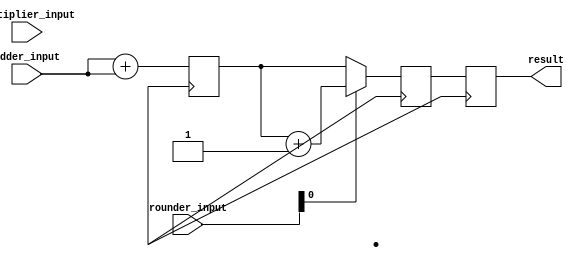
module fused_multiply_add(
    input [31:0] multiplier_input,
    input [31:0] adder_input,
    input [31:0] rounder_input,
    output reg [31:0] result
);

reg [31:0] multiplier_output;
reg [31:0] adder_output;
reg [31:0] final_output;

// Multiplier block
always @(posedge clk) begin
    multiplier_output <= multiplier_input * multiplier_input; 
end

// Adder block
always @(posedge clk) begin
    adder_output <= adder_input + adder_input;
end

// Rounder block
always @(posedge clk) begin
    if (rounder_input[0] == 1) begin
        final_output <= adder_output + 1;
    end else begin
        final_output <= adder_output;
    end
end

// Assign final result
always @(posedge clk) begin
    result <= final_output;
end

endmodule